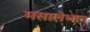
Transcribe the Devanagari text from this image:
मसालेभात